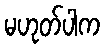
မဟုတ်ပါက